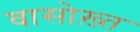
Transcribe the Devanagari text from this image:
वासोख़्त